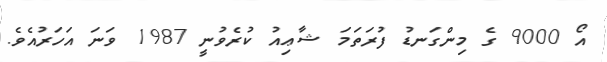
އޯ 9000 ގެ މިންގަނޑު ފުރަތަމަ ޝާޢިއު ކުރެވުނީ 1987 ވަނަ އަހަރުއެވެ.